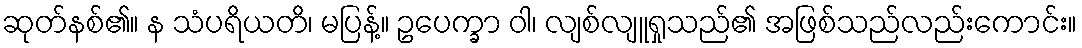
ဆုတ်နစ်၏။ န သံပရိယတိ၊ မပြန့်။ ဥပေက္ခာ ဝါ၊ လျစ်လျူရှုသည်၏ အဖြစ်သည်လည်းကောင်း။